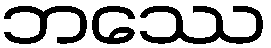
ဘဿေ